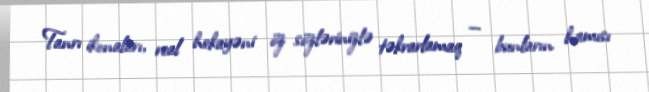
Tanrı ikonaları, real hekayəni öz sözlərinizlə təkrarlamaq — bunların hamısı